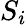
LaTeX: S_{i}